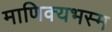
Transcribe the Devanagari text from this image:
माणिक्यभस्म